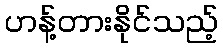
ဟန့်တားနိုင်သည့်